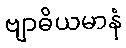
ဗျာဓိယမာနံ